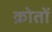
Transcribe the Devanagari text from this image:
क्रोतों